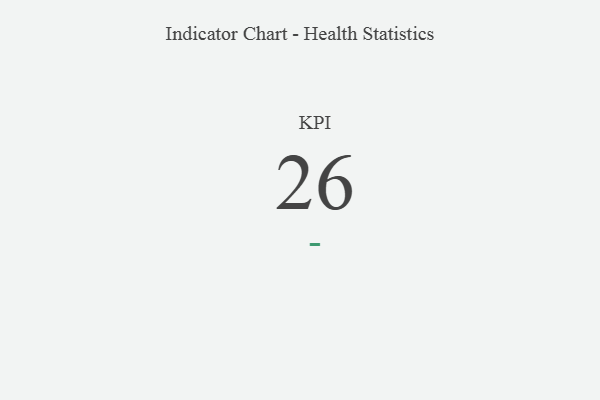
{"axis": {"x": "KPI", "y": "Value"}, "legend": [""], "data": [{"x": "KPI", "y": 26, "type": ""}]}